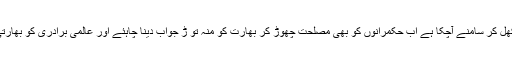
پاک چین راہداری کے خلاف بھارت کھل کر سامنے آچکا ہے اب حکمرانوں کو بھی مصلحت چھوڑ کر بھارت کو منہ تو ڑ جواب دینا چاہئے اور عالمی برادری کو بھارتی تخریب کاری سے آگاہ کرنا چاہئے ۔